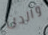
والدن